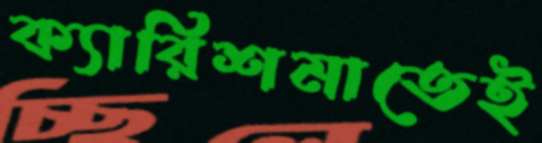
ক্যারিশমাতেই